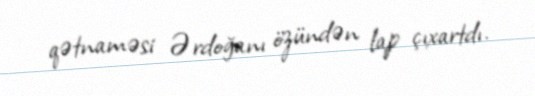
qətnaməsi Ərdoğanı özündən lap çıxartdı.